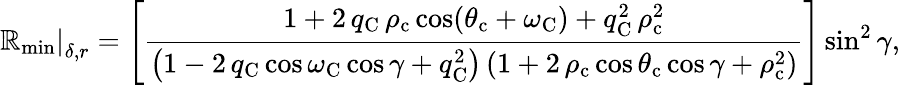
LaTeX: \left.\mathbb{R}_{\mathrm{{min}}}\right|_{\delta,r}=\left[\frac{{1+2\, q_{\mathrm{{C}}}\, \rho_{\mathrm{{c}}}\cos(\theta_{\mathrm{{c}}}+\omega_{\mathrm{{C}}})+q_{\mathrm{{C}}}^{2}\, \rho_{\mathrm{{c}}}^{2}}}{{\left(1-2\, q_{\mathrm{{C}}}\cos\omega_{\mathrm{{C}}}\cos\gamma+q_{\mathrm{{C}}}^{2}\right)\left(1+2\, \rho_{\mathrm{{c}}}\cos\theta_{\mathrm{{c}}}\cos\gamma+\rho_{\mathrm{{c}}}^{2}\right)}}\right]\sin^{2}\gamma,